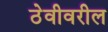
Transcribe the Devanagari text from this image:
ठेवीवरील